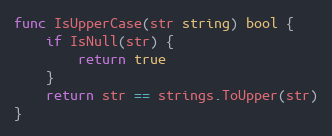
Language: Go
func IsUpperCase(str string) bool {
	if IsNull(str) {
		return true
	}
	return str == strings.ToUpper(str)
}